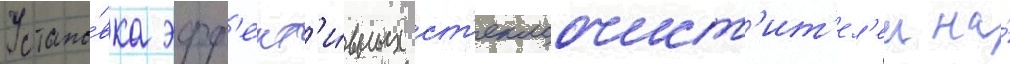
Устано́вка эфф'ект'и́вных ст'еклоочист'ит'ел'еи на́